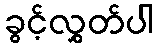
ခွင့်လွှတ်ပါ